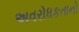
અવરોધકતાનો